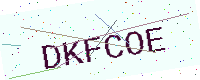
Text: DKFCOE